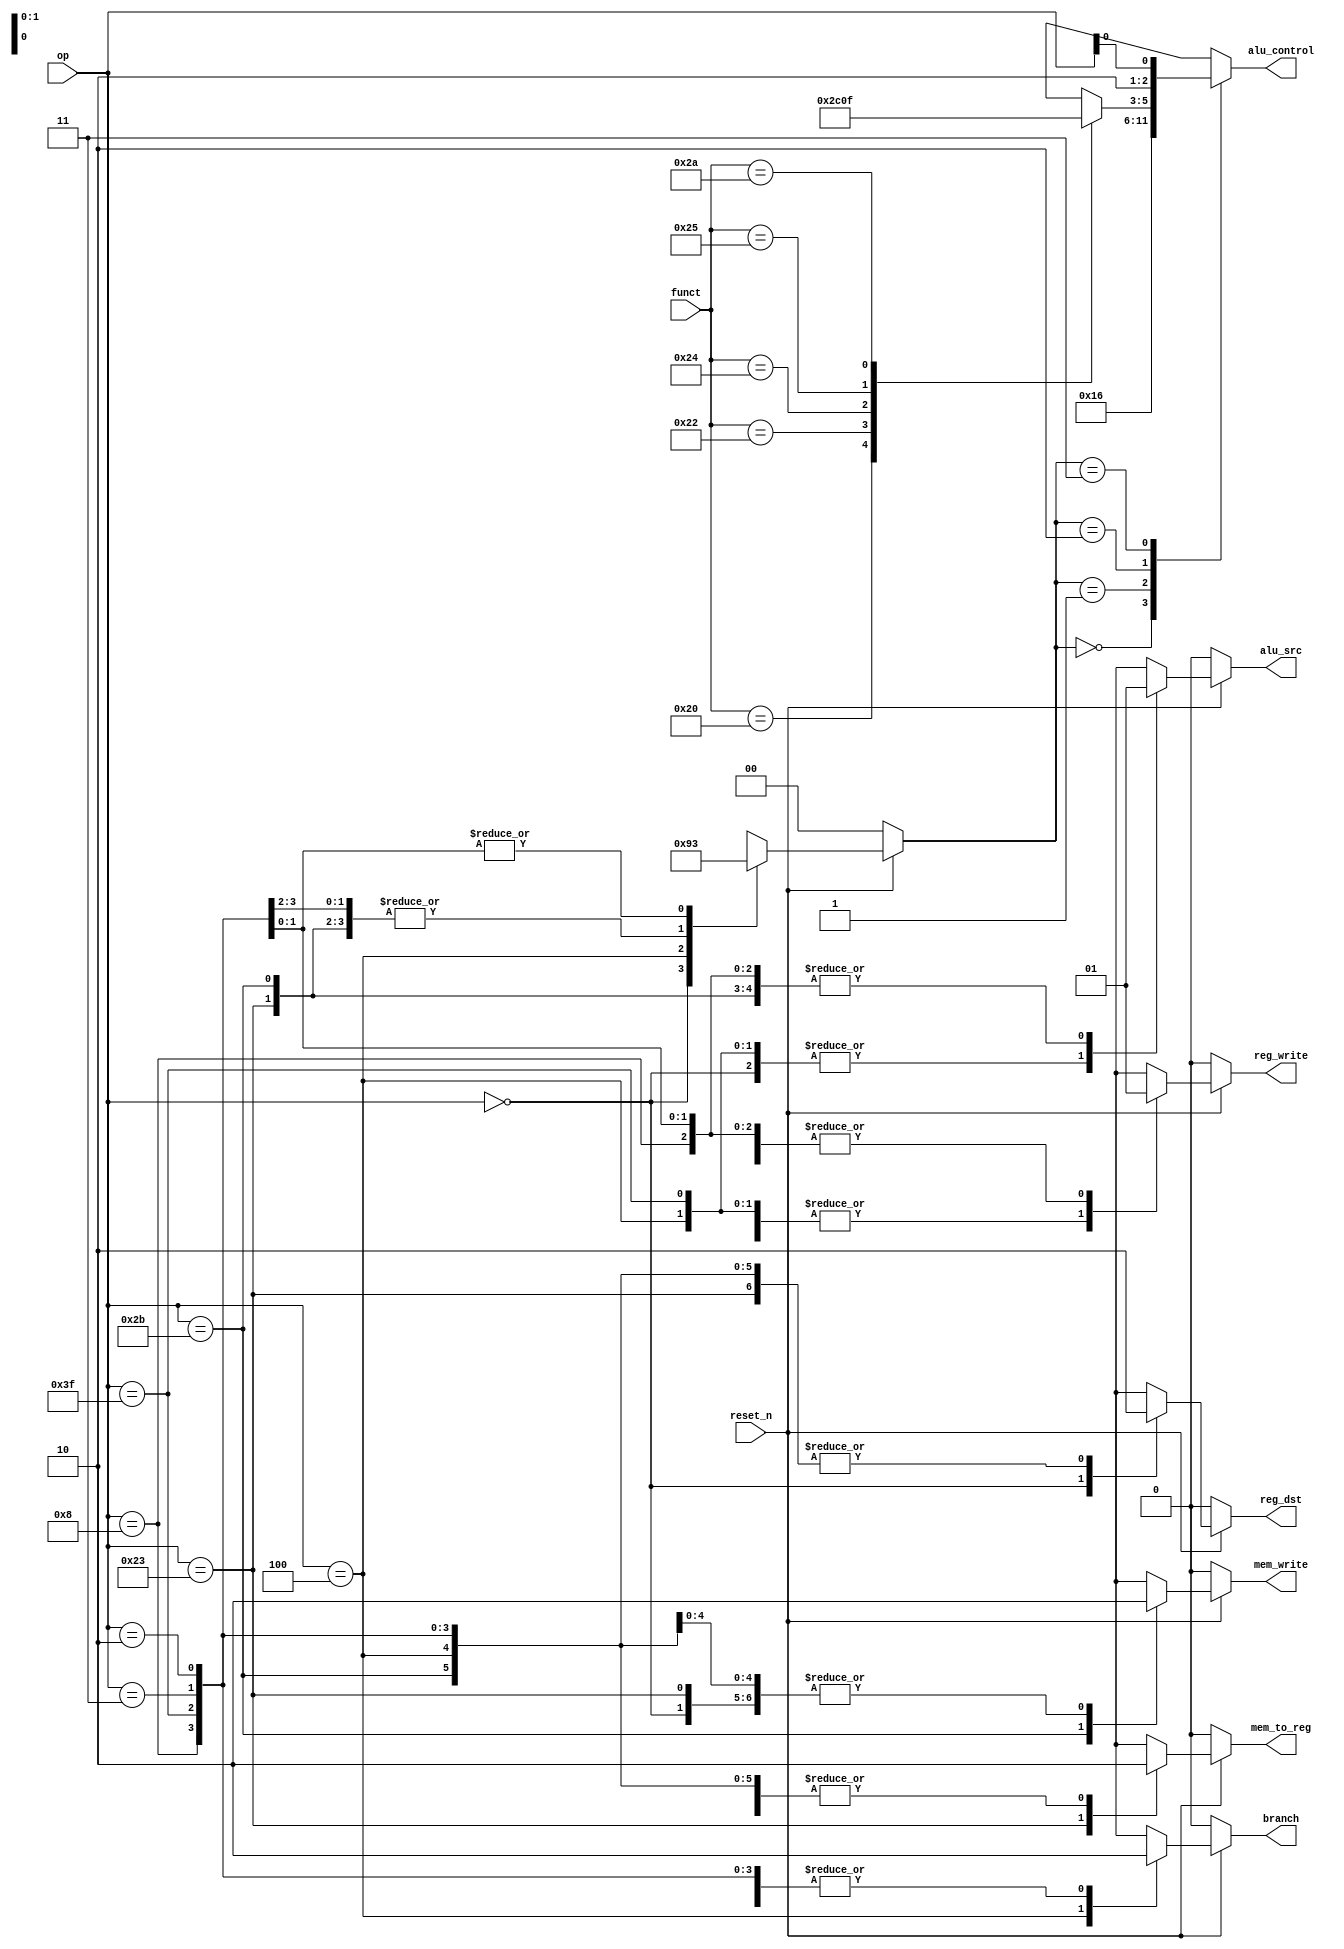
/*  Control Unit  */
module cu(
        input   wire            reset_n,

        input   wire    [5:0]   op,
        input   wire    [5:0]   funct,

        output  reg             reg_write,
        output  reg             reg_dst,
        output  reg             alu_src,
        output  reg             branch,
        output  reg             mem_write,
        output  reg             mem_to_reg,
        output  reg     [2:0]   alu_control
    );

    reg [1:0] alu_op;

    always @(*)
    begin
		if(!reset_n)
		begin
            reg_write       = 1'b0;
            reg_dst         = 1'b0;
            alu_src         = 1'b0;
            branch          = 1'b0;
            mem_write       = 1'b0;
            mem_to_reg      = 1'b0;
            alu_op          = 2'b00;
        end
        else
        begin
            /*  main decoder  */
            case(op)
                /*  R-type instructions  */
                6'b000000:
                begin
                    reg_write   = 1'b1;
                    reg_dst     = 1'b1;
                    alu_src     = 1'b0;
                    branch      = 1'b0;
                    mem_write   = 1'b0;
                    mem_to_reg  = 1'b0;
                    alu_op      = 2'b10;
                end

                /*  Memory instructions - lw  */ 
                6'b100011:
                begin
                    reg_write   = 1'b1;
                    reg_dst     = 1'b0;
                    alu_src     = 1'b1;
                    branch      = 1'b0;
                    mem_write   = 1'b0;
                    mem_to_reg  = 1'b1;
                    alu_op      = 2'b00;
                end

                /*  Memory instructions - sw  */ 
                6'b101011:
                begin
                    reg_write   = 1'b0;
                    reg_dst     = 1'b0; // X
                    alu_src     = 1'b1;
                    branch      = 1'b0;
                    mem_write   = 1'b1;
                    mem_to_reg  = 1'b0; // X
                    alu_op      = 2'b00;
                end

                /*  Branch instructions - beq  */ 
                6'b000100:
                begin
                    reg_write   = 1'b0;
                    reg_dst     = 1'b0; // X
                    alu_src     = 1'b0;
                    branch      = 1'b1;
                    mem_write   = 1'b0;
                    mem_to_reg  = 1'b0; // X
                    alu_op      = 2'b01;
                end
                
                /*  NEW : addi  */
                6'b001000:
                begin
                    reg_write   = 1'b1;
                    reg_dst     = 1'b0;
                    alu_src     = 1'b1;
                    branch      = 1'b0;
                    mem_write   = 1'b0;
                    mem_to_reg  = 1'b0;
                    alu_op      = 2'b00;
                end
                
                /*  NEW : NOP  */
                6'b111111:
                begin
                    reg_write   = 1'b0;
                    reg_dst     = 1'b0; // X
                    alu_src     = 1'b0; // X
                    branch      = 1'b0;
                    mem_write   = 1'b0;
                    mem_to_reg  = 1'b0; // X
                    alu_op      = 2'b00;// X
                end
                
                /*  NEW : SRL/SLL(Shift Right/Left Logic)  */
                6'b000010,6'b000011:
                begin
                    reg_write   = 1'b1;
                    reg_dst     = 1'b0;
                    alu_src     = 1'b1;
                    branch      = 1'b0;
                    mem_write   = 1'b0;
                    mem_to_reg  = 1'b0;
                    alu_op      = 2'b11;
                end
                
                default:
                begin
                    reg_write   = 1'hx;
                    reg_dst     = 1'hx;
                    alu_src     = 1'hx;
                    branch      = 1'hx;
                    mem_write   = 1'hx;
                    mem_to_reg  = 1'hx;
                    alu_op      = 2'bxx;
                end	 
            endcase
        end
    end

    /*  ALU Decoder  */
    always@(*)
    begin
        case (alu_op)
            2'b00: 
            begin
                alu_control = 3'b010;   // add
            end

            2'b01: 
            begin
                alu_control = 3'b110;   // sub
            end

            2'b10: 
            begin
                case(funct)
                    6'b100000:  alu_control = 3'b010;   // add
                    6'b100010:  alu_control = 3'b110;   // sub
                    6'b100100:  alu_control = 3'b000;   // and
                    6'b100101:  alu_control = 3'b001;   // or
                    6'b101010:  alu_control = 3'b111;   // slt
                    default:    alu_control = 3'bxxx;
                endcase
            end

            2'b11:
            begin
                alu_control = {2'b10,op[0]};    // SLL,SRL
                
            end
            
            default: 
            begin
                alu_control = 3'bxxx;
            end
        endcase
    end
endmodule // cu